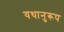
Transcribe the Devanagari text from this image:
यथानुरूप